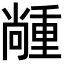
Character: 𡮵